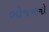
ભોજનનો